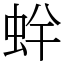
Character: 䖫